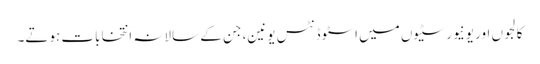
کالجوں اور یونیورسٹیوں میں اسٹوڈنٹس یونین، جن کے سالانہ انتخابات ہوتے۔